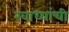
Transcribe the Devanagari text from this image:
खाध्यांची